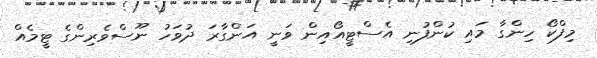
މިފްކޯ ހިންގާ މައި ކުންފުނި އެސްޓީއޯއިން ވަނީ އަންގާރަ ދުވަހު ނޫސްވެރިންގެ ޓީމެއް